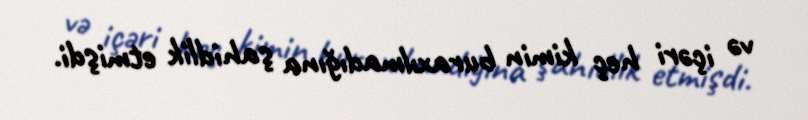
və içəri heç kimin buraxılmadığına şahidlik etmişdi.